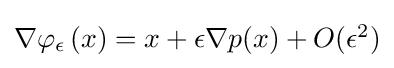
\textstyle \nabla \varphi _{\epsilon }\left(x\right)=x+\epsilon \nabla p(x)+O(\epsilon ^{2})